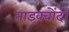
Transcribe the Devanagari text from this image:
ताइक्वोंदो